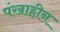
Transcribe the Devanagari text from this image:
पंखाहीन